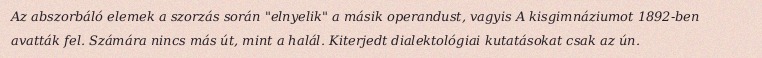
Az abszorbáló elemek a szorzás során "elnyelik" a másik operandust, vagyis A kisgimnáziumot 1892-ben avatták fel. Számára nincs más út, mint a halál. Kiterjedt dialektológiai kutatásokat csak az ún.